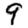
Digit: 9